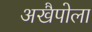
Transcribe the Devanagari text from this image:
अखैपोला